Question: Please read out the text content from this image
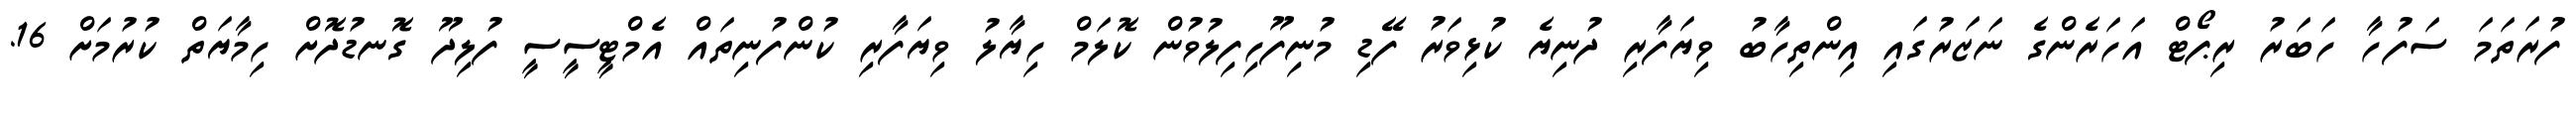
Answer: ފުރަތަމަ ސަފުހާ ހަބަރު ރިޕޯޓް އަހަރެންގެ ނަޒަރުގައި އިންތިހާބު ވިޔަފާރި ދުނިޔެ ކުޅިވަރު ފޭޑި މުނިފޫހިފިލުވުން ކޮލަމް ހިޔާލު ވިޔަފާރި ކުންފުނިތައް އެމްޓީސީސީ ފުލިދޫ ގޮނޑުދޮށް ހިމާޔަތް ކުރުމަށް 16.